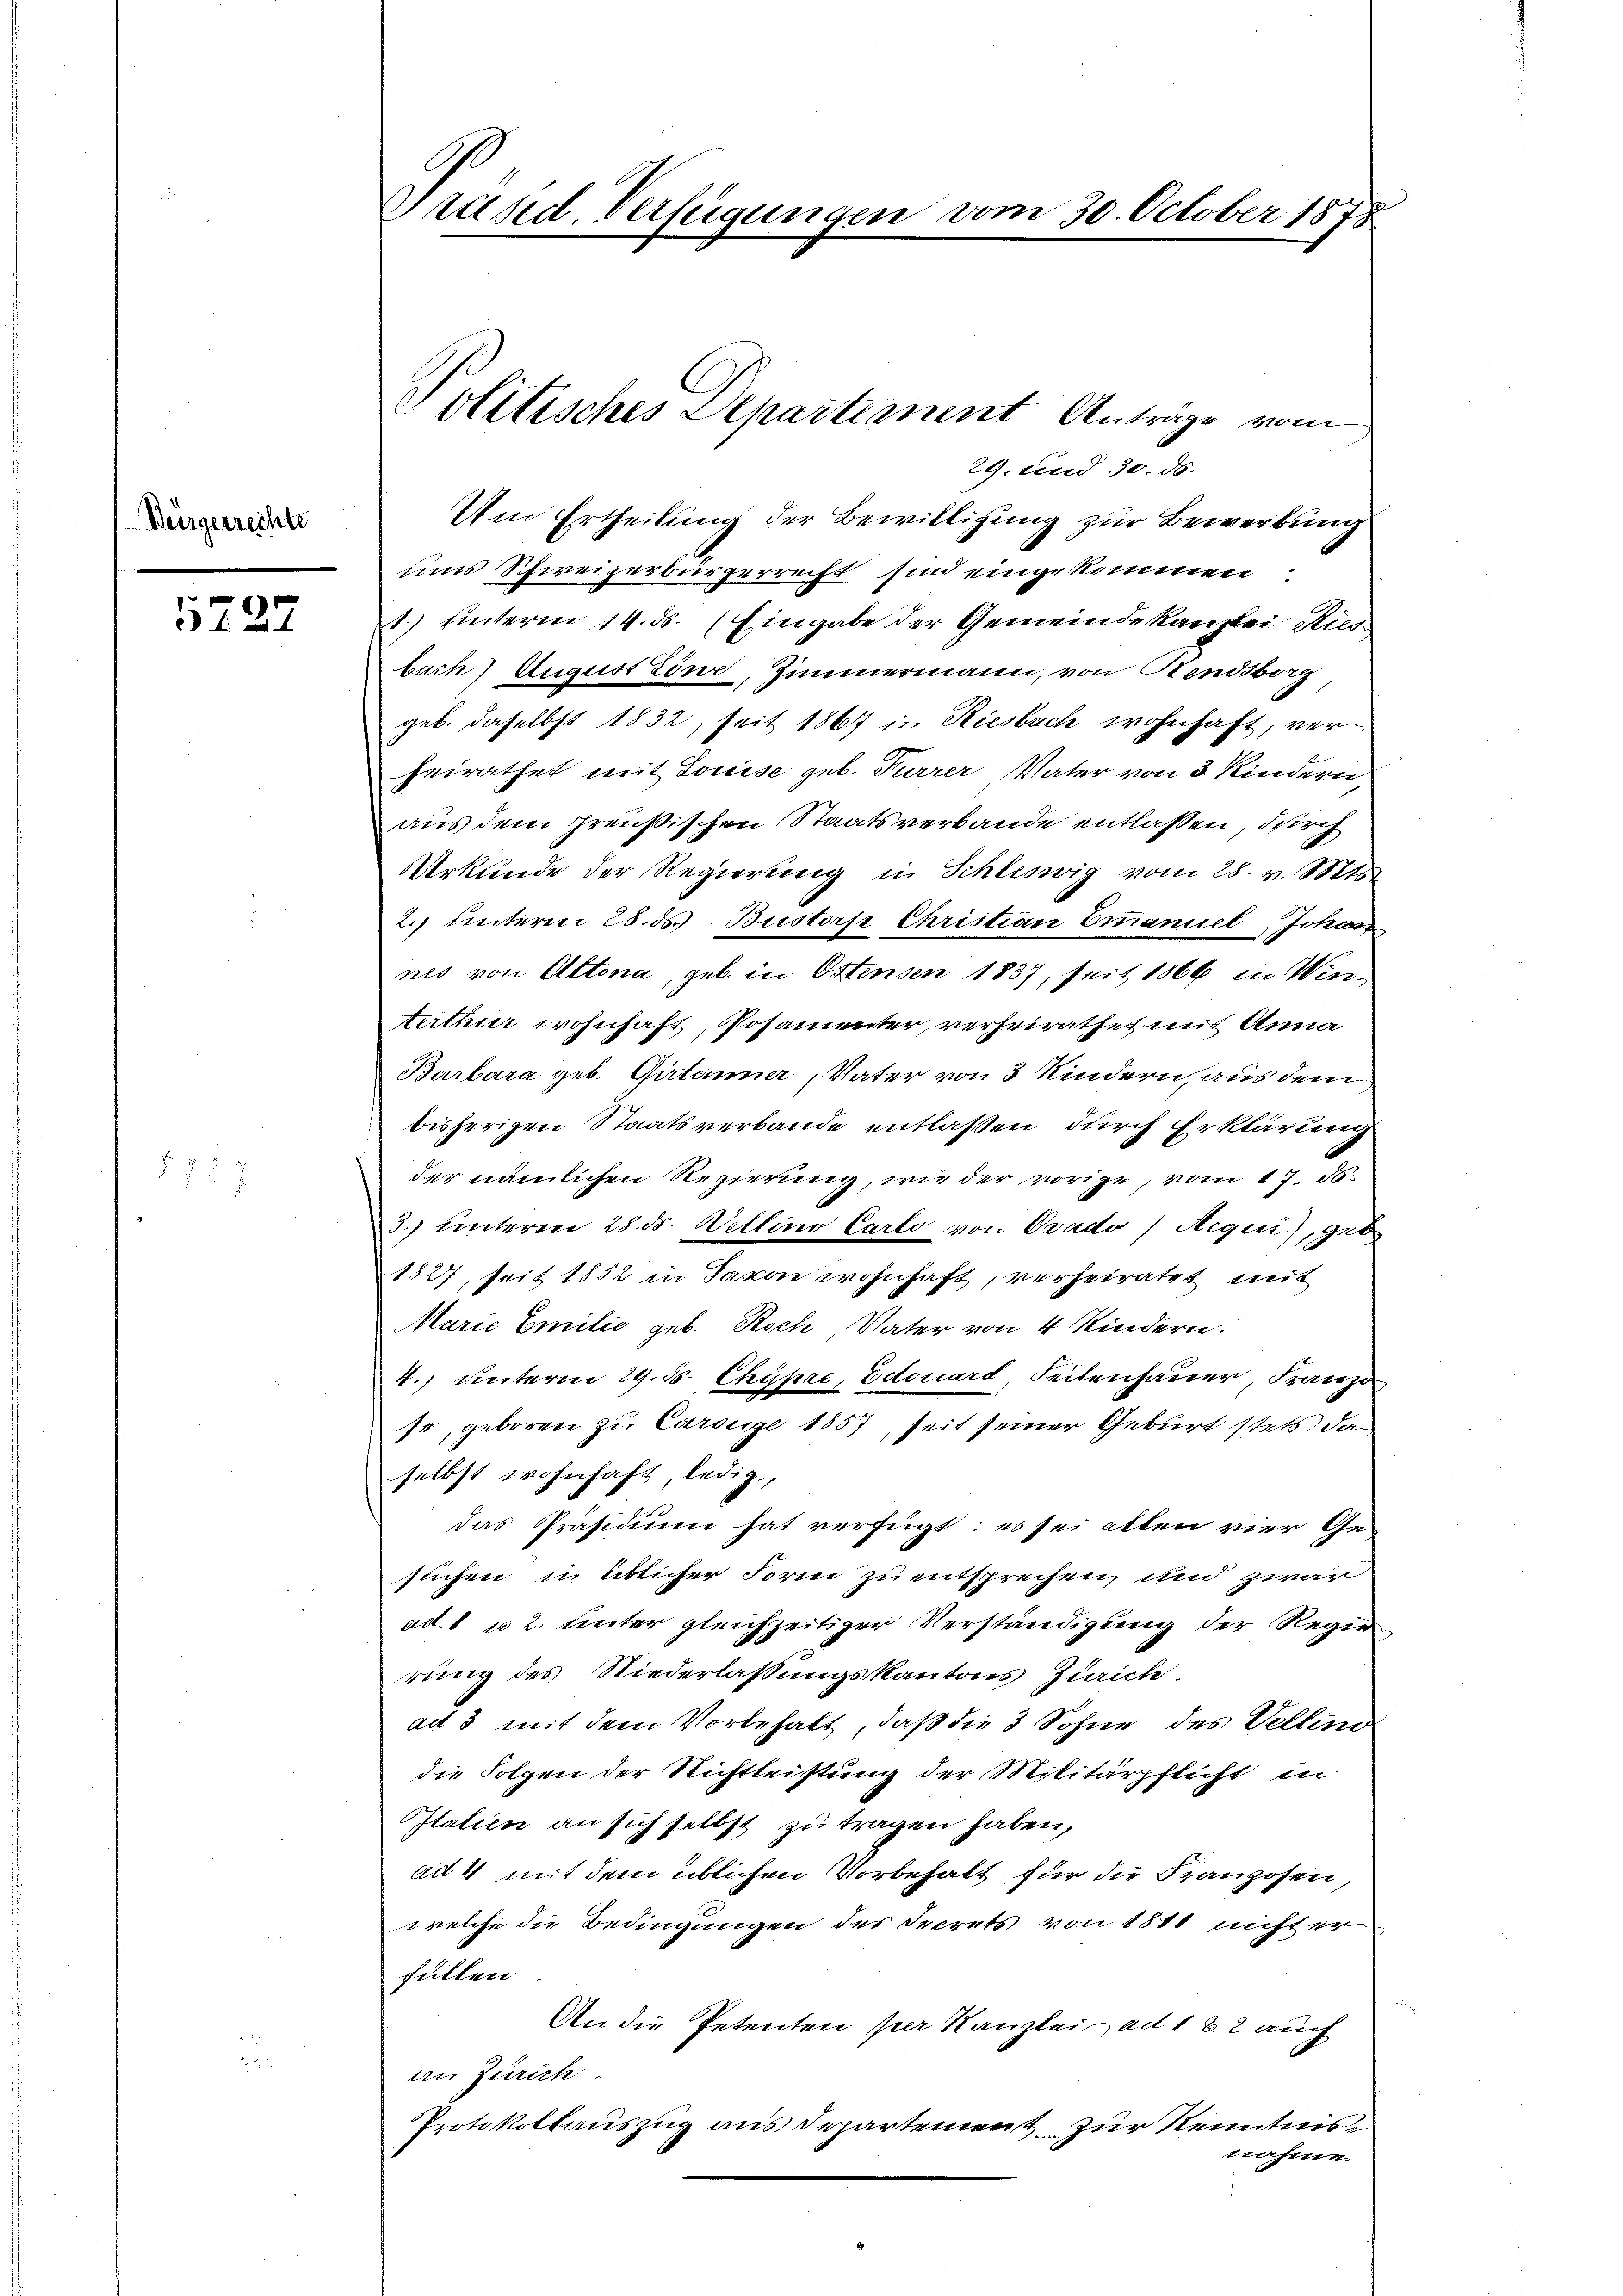
Bürgerrechte

5727

29. und 30. ds.
Um Ertheilung der Bewilligung zur Bewerbung
ums Schweizerbürgerrecht sind eingekommen
1.) hinterm 14. ds. (Eingabe der Gemeindekanzlei Ries
bach) August Töne, Zimmermann, von Rendsborg
geb. daselbst 1832, seit 1867 in Riesbach wohnhaft, ver
heirathet mit Louise geb. Furrer Vater von 3 Kindern
aus dem preußischen Staatsverbande entlaßen, durch
Urkunde der Regierung in Schleswig vom 28. v. Mts.
2. unterm 28. ds Bustors Christian Emanuel, Johan
nes von Altona, geb. in Ostensen 1837, seit 1866 in Winerthur wohnhaft, Posamenter, verheirathet mit Anna
Barbara geb. Giitanner, Vater von 3 Kindern, aus dem
bisherigen Staatsverbande entlaßen, durch Erklärung
der nämlichen Regierung, wie der vorige, vom 17. d.
3. unterm 28. ds. Wettino Carlo von Ovado / Aequi.), geb
1827, seit 1852 in Jacon wohnhaft, verheiratet mit
Marie Emilie geb. Koch, Vater von 4 Kindern.
4.) unterm 29. d. Chypre, Edouard Seitenhauer, Franz
se, geboren zu Carouge 1857, seit seiner Geburt stets da
selbst wohnhaft ledig,
das Präsidium hat verfügt: es sei alten vier Ge-
slichen in üblicher Form zu entsprechen, und zwar
ad. 1 u 2. unter gleichzeitiger Verständigung der Regie
rung des Niederlassungskantons Zürich
ad 3 mit dem Vorbehalt, daß die 3 Sohne des Vellend
die Folgen der Richtleistung der Militärpflicht in
Italien an sich selbst zu tragen haben,
ad 4 mit dem üblichen Vorbehalt für die Franzosen
welche die Bedingungen des Decrets von 1811 nicht er
füllen
An die Petenten per Kanzlei ad 122 auch
an Zürich
Protokollauszug aus Departement zur Kenntnis
nahme

Präsid. Verfügungen

Olitisches Departement Anträge vom

am 30. October 1878